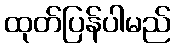
ထုတ်ပြန်ပါမည်